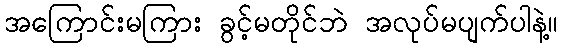
အကြောင်းမကြား ခွင့်မတိုင်ဘဲ အလုပ်မပျက်ပါနဲ့။